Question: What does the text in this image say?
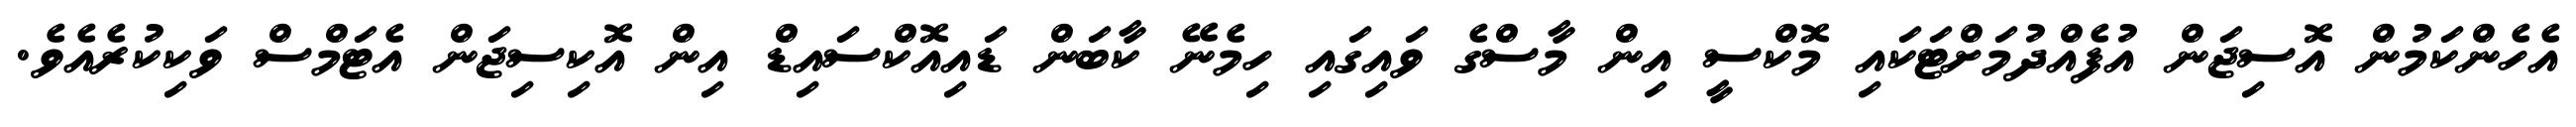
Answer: އެހެންކަމުން އޮސިޖަން އުފެއްދުމަށްޓަކައި މޮކްސީ އިން މާސްގެ ވައިގައި ހިމެނޭ ކާބަން ޑައިއޮކްސައިޑް އިން އޮކިސިޖަން އެޓަމްސް ވަކިކުރެއެވެ.